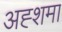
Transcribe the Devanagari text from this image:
अह्शमा